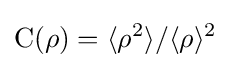
\operatorname {C} (\rho )=\langle \rho ^{2}\rangle /\langle \rho \rangle ^{2}